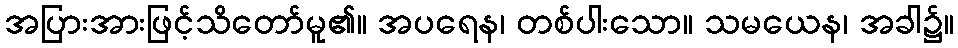
အပြားအားဖြင့်သိတော်မူ၏။ အပရေန၊ တစ်ပါးသော။ သမယေန၊ အခါ၌။